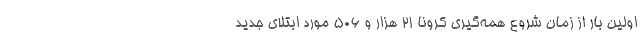
اولین بار از زمان شروع همه‌گیری کرونا ۲۱ هزار و ۵۰۶ مورد ابتلای جدید